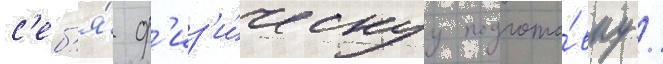
с'еб'я́ ф'из'и́ческуу подгото́вку /